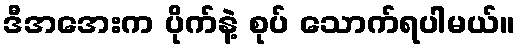
ဒီအအေးက ပိုက်နဲ့ စုပ် သောက်ရပါမယ်။